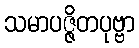
သမာပဇ္ဇိတပုဗ္ဗာ